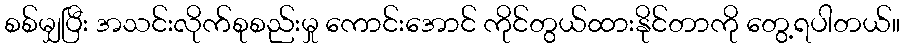
စစ်မျှပြီး အသင်းလိုက်စုစည်းမှု ကောင်းအောင် ကိုင်တွယ်ထားနိုင်တာကို တွေ့ရပါတယ်။